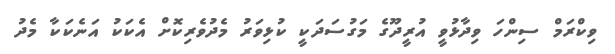
ވިކްރަމް ސިންހަ ވިދާޅުވީ އުރީދޫގެ މަގުސަދަކީ ކުޅިވަރު މެދުވެރިކޮށް އެކަކު އަނެކަކާ މެދު